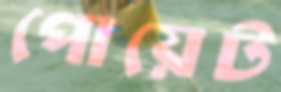
পোয়েট